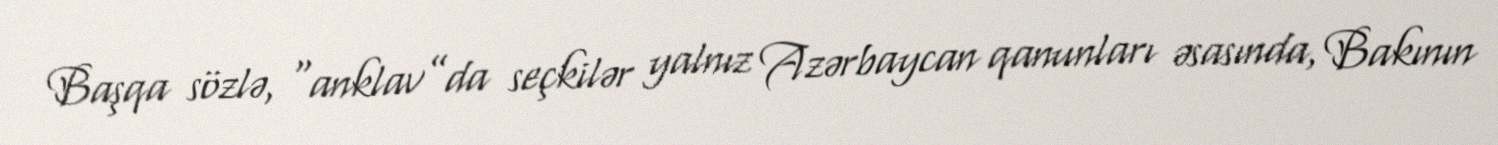
Başqa sözlə, “anklav”da seçkilər yalnız Azərbaycan qanunları əsasında, Bakının